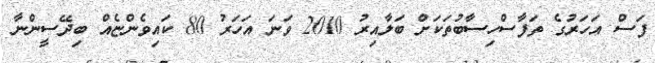
ފަސް އަހަރުގެ ތަފާސްހިސާބުތަކަށް ބަލާއިރު 2010 ވަނަ އަހަރު 80 ކައިވެންޏެއް ބިދޭސީންނާ